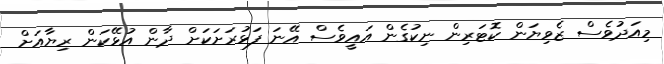
މިއަދުވެސް ޒެވިޔަން ކޮޓަރިން ނިކުގެން އައީވެސް އޭނަ ފަޅުރަށަކަށް ދާން އުޅޭކަން ރިޔާއަށް